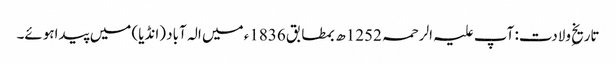
تاریخِ ولادت: آپ علیہ الرحمہ 1252ھ بمطابق 1836ء میں الہ آباد (انڈیا) میں پیداہوئے۔